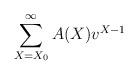
LaTeX: \begin{align*} \sum_{X = X_0}^\infty A(X) v^{X-1} \end{align*}